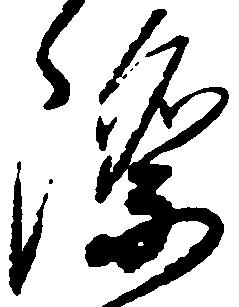
際